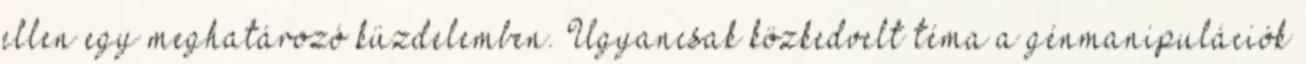
ellen egy meghatározó küzdelemben. Ugyancsak közkedvelt téma a génmanipulációk